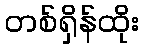
တစ်ရှိန်ထိုး